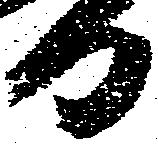
日